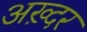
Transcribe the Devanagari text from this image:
अख़्दर